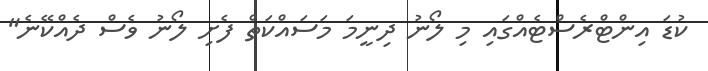
ކުޑަ އިންޓްރެސްޓެއްގައި މި ލޯނު ދިނީމަ މަސައްކަތް ފެށި ލޯނު ވެސް ދެއްކޭނެ"